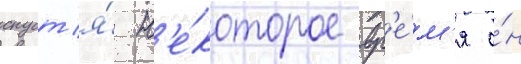
спуст'я́ н'е́которое вр'е́м'я о́н